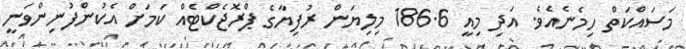
މަސައްކަތް ހިމެނެއެވެ. އަދި މިއީ 186.6 މިލިޔަން ރުފިޔާގެ ޕްރޮޖެކްޓެއް ކަމަށް އެކުންފުނިންވަނީ